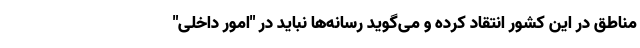
مناطق در این کشور انتقاد کرده و می‌گوید رسانه‌ها نباید در "امور داخلی"